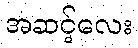
အဆင့်လေး